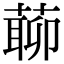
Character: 𦺹